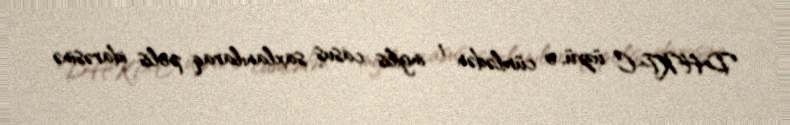
DHKP-C üzvü, o cümlədən 1 ingilis casus saxlanılaraq polis idarəsinə